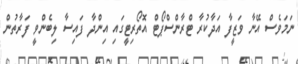
ނަމަވެސް އޭނާ ވަޒީފާ އަދާކުރާ ޓްރާންސްޕޯޓް އޮތޯރިޓީގައި އިންދާ ފައިސާ ލިބެންވީ ފަރާތުން